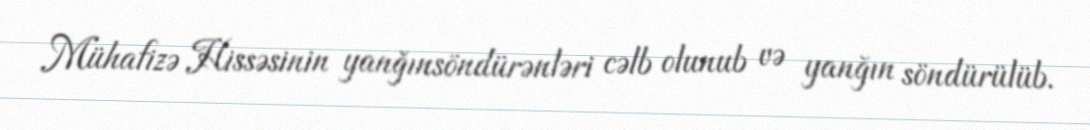
Mühafizə Hissəsinin yanğınsöndürənləri cəlb olunub və yanğın söndürülüb.